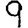
Digit: 9